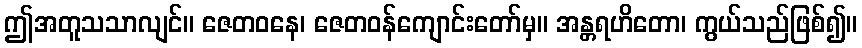
ဤအတူသသာလျင်။ ဇေတဝနေ၊ ဇေတဝန်ကျောင်းတော်မှ။ အန္တရဟိတော၊ ကွယ်သည်ဖြစ်၍။